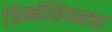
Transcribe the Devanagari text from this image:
जिम्नॅशियमचा